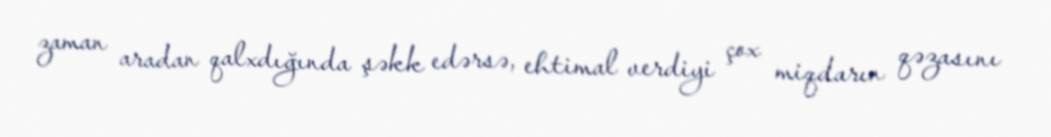
zaman aradan qalxdığında şəkk edərsə, ehtimal verdiyi çox miqdarın qəzasını